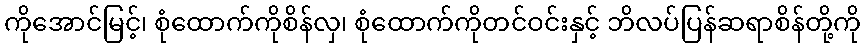
ကိုအောင်မြင့်၊ စုံထောက်ကိုစိန်လှ၊ စုံထောက်ကိုတင်ဝင်းနှင့် ဘိလပ်ပြန်ဆရာစိန်တို့ကို